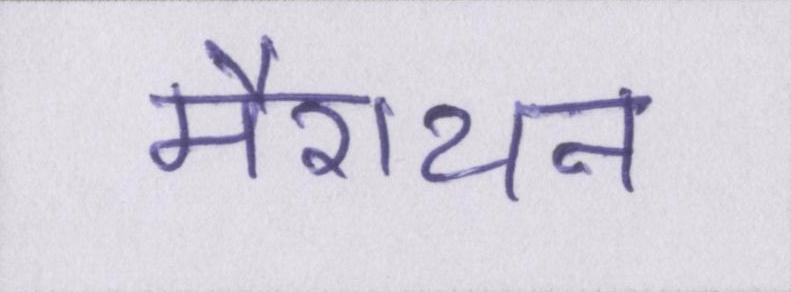
मैराथन